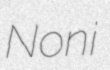
Noni